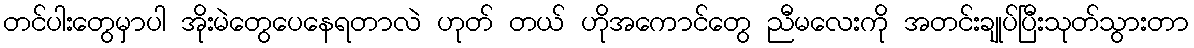
တင်ပါးတွေမှာပါ အိုးမဲတွေပေနေရတာလဲ ဟုတ် တယ် ဟိုအကောင်တွေ ညီမလေးကို အတင်းချုပ်ပြီးသုတ်သွားတာ